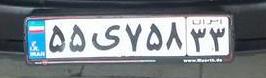
۵۵ی۷۵۸۳۳